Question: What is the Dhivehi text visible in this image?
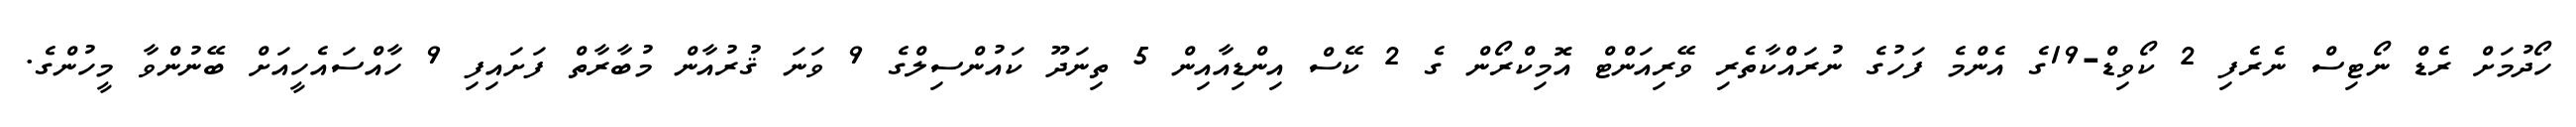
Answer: ހޯދުމަށް ރެޑް ނޯޓިސް ނެރެފި 2 ކޯވިޑް-19ގެ އެންމެ ފަހުގެ ނުރައްކާތެރި ވޭރިއަންޓް އޮމިކްރޯން ގެ 2 ކޭސް އިންޑިއާއިން 5 ތިނަދޫ ކައުންސިލްގެ 9 ވަނަ ޤުރުއާން މުބާރާތް ފަށައިފި 9 ހާއްސައެހީއަށް ބޭނުންވާ މީހުންގެ.